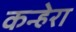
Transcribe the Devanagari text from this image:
कन्हेरा